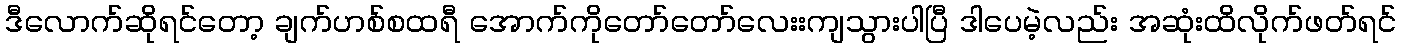
ဒီလောက်ဆိုရင်တော့ ချက်ဟစ်စထရီ အောက်ကိုတော်တော်လေးးကျသွားပါပြီ ဒါပေမဲ့လည်း အဆုံးထိလိုက်ဖတ်ရင်